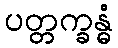
ပတ္တက္ခန္ဓံ